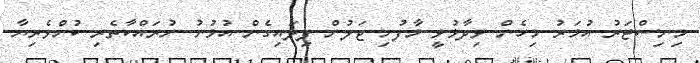
މިނިސްޓަރު އުމަރު މިހެން ވިދާޅުވީ މާފުށި ޖަލުން ފިލައިގެން އުޅުނު ނުރައްކާތެރި ކުށްވެރިޔާ